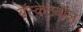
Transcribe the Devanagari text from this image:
बॅस्केटबॉल